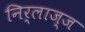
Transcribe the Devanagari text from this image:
निर्लाज्ज